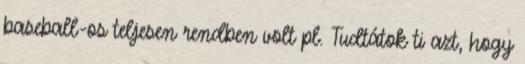
baseball-os teljesen rendben volt pl. Tudtátok ti azt, hogy